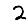
Digit: 2